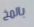
بالمخ